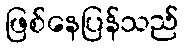
ဖြစ်နေပြန်သည်